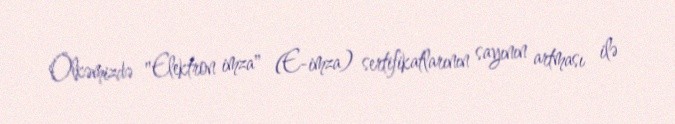
Ölkəmizdə "Elektron imza" (E-imza) sertifikatlarının sayının artması ilə